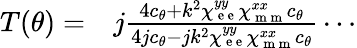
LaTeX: \begin{array}{rl}{T(\theta)=}&{{}j\frac{4c_{\theta}+k^{2}\chi_{\mathrm{~e~e~}}^{yy}\chi_{\mathrm{~m~m~}}^{xx}c_{\theta}}{4jc_{\theta}-jk^{2}\chi_{\mathrm{~e~e~}}^{yy}\chi_{\mathrm{~m~m~}}^{xx}c_{\theta}}\cdots}\end{array}